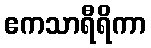
ဧကသာရီရိကာ